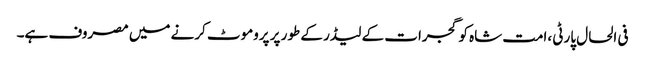
فی الحال پارٹی ،امت شاہ کو گجرات کے لیڈر کے طور پر پروموٹ کرنے میں مصروف ہے۔